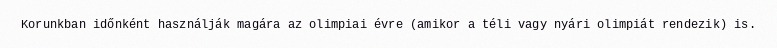
Korunkban időnként használják magára az olimpiai évre (amikor a téli vagy nyári olimpiát rendezik) is.